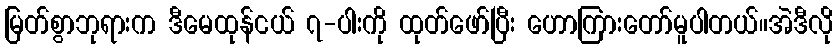
မြတ်စွာဘုရားက ဒီမေထုန်ငယ် ၇-ပါးကို ထုတ်ဖော်ပြီး ဟောကြားတော်မူပါတယ်။အဲဒီလို